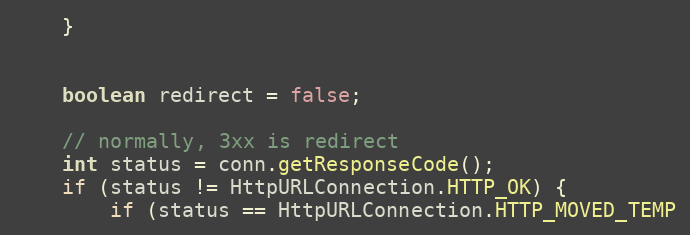
Language: Java
    }

    boolean redirect = false;

    // normally, 3xx is redirect
    int status = conn.getResponseCode();
    if (status != HttpURLConnection.HTTP_OK) {
        if (status == HttpURLConnection.HTTP_MOVED_TEMP